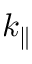
k _ { \parallel }